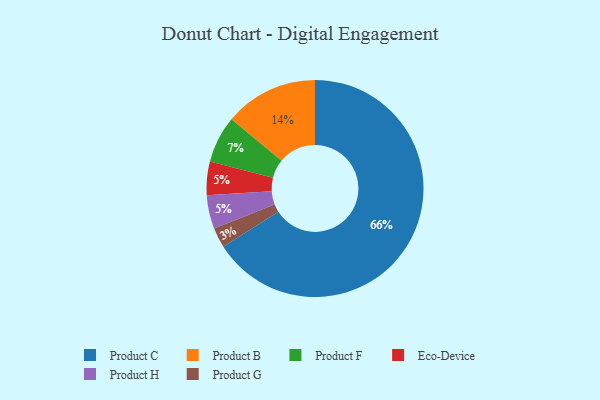
{"axis": {"x": "Category", "y": "Percentage"}, "legend": ["Eco-Device", "Product B", "Product C", "Product F", "Product G", "Product H"], "data": [{"x": "Product C", "y": 66, "type": "Product C"}, {"x": "Product B", "y": 14, "type": "Product B"}, {"x": "Product G", "y": 3, "type": "Product G"}, {"x": "Eco-Device", "y": 5, "type": "Eco-Device"}, {"x": "Product H", "y": 5, "type": "Product H"}, {"x": "Product F", "y": 7, "type": "Product F"}]}